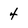
Character: 4